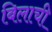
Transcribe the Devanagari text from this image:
बिलाची